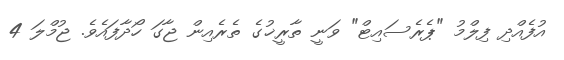
އުފެއްދި ފިލްމު "ޕެރެސައިޓް" ވަނީ ތާރީޚުގެ ތެރެއިން ޖާގަ ހޯދާފައެވެ. ޖުމްލަ 4